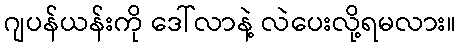
ဂျပန်ယန်းကို ဒေါ်လာနဲ့ လဲပေးလို့ရမလား။